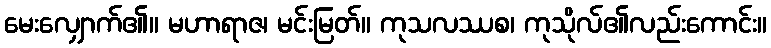
မေးလျှောက်၏။ မဟာရာဇ၊ မင်းမြတ်။ ကုသလဿစ၊ ကုသိုလ်၏လည်းကောင်း။